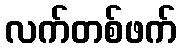
လက်တစ်ဖက်